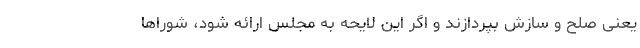
یعنی صلح و سازش بپردازند و اگر این لایحه به مجلس ارائه شود، شوراها